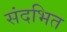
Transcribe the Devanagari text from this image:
संदभित